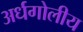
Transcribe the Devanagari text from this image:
अर्धगोलीय